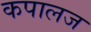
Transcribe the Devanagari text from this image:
कपालज